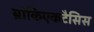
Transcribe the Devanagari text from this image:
ब्रांकिएकटैसिस